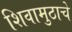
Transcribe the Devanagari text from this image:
शिवामुठाचे